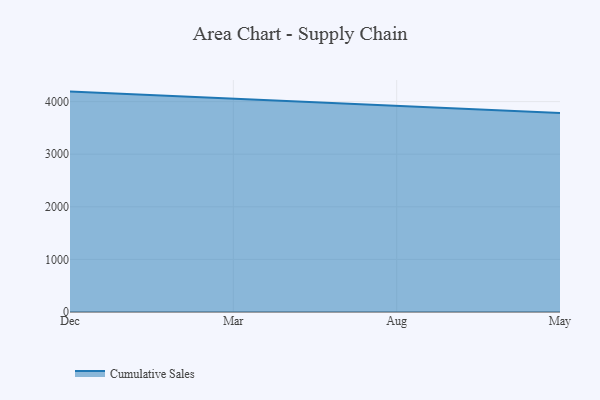
{"axis": {"x": "Month", "y": "Revenue (USD Million)"}, "legend": ["Cumulative Sales"], "data": [{"x": "Dec", "y": 4189.9, "type": "Cumulative Sales"}, {"x": "Mar", "y": 4051.5, "type": "Cumulative Sales"}, {"x": "Aug", "y": 3921.5, "type": "Cumulative Sales"}, {"x": "May", "y": 3784.8, "type": "Cumulative Sales"}]}